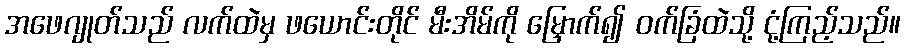
အဖေဂျုတ်သည် လက်ထဲမှ ဖယောင်းတိုင် မီးအိမ်ကို မြှောက်၍ ဝက်ခြံထဲသို့ ငုံ့ကြည့်သည်။